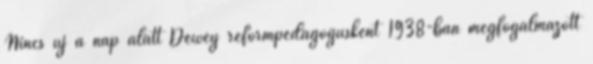
Nincs új a nap alatt Dewey reformpedagógusként 1938-ban megfogalmazott